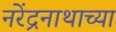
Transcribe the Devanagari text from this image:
नरेंद्रनाथाच्या